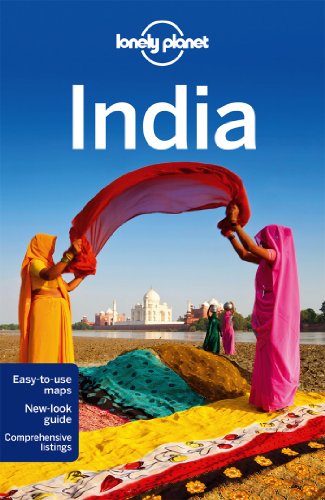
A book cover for Lonely Planet India (Travel Guide); Lonely Planet; Travel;